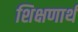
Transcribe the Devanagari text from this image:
शिक्षणार्थ